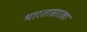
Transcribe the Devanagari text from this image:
भारतासारखा